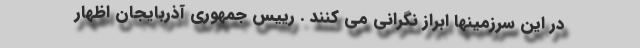
در این سرزمینها ابراز نگرانی می کنند . رییس جمهوری آذربایجان اظهار